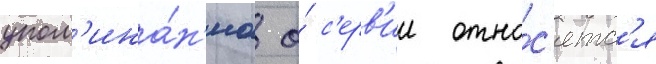
упом'ина́н'иа о́ с'ерв'ии отно́с'ятс'я